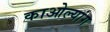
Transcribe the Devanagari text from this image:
काओल्यांग